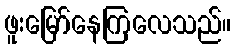
ဖူးမြော်နေကြလေသည်။